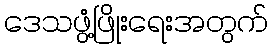
ဒေသဖွံ့ဖြိုးရေးအတွက်